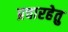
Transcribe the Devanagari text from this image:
प्रचारहेतु